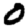
Digit: 0